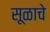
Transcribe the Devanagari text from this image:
सूळाचे